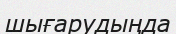
шығарудыңда